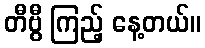
တီဗွီ ကြည့် နေ့တယ်။